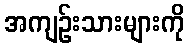
အကျဉ်းသားများကို